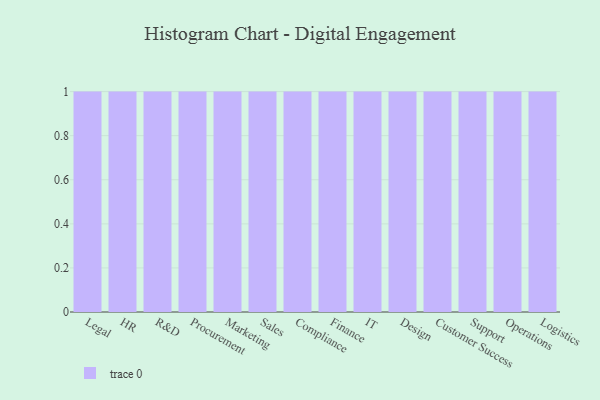
{"axis": {"x": "Department", "y": "Churn Rate (%)"}, "legend": [""], "data": [{"x": "Legal", "y": 46, "type": ""}, {"x": "HR", "y": 37, "type": ""}, {"x": "R&D", "y": 63, "type": ""}, {"x": "Procurement", "y": 46, "type": ""}, {"x": "Marketing", "y": 61, "type": ""}, {"x": "Sales", "y": 58, "type": ""}, {"x": "Compliance", "y": 74, "type": ""}, {"x": "Finance", "y": 13, "type": ""}, {"x": "IT", "y": 20, "type": ""}, {"x": "Design", "y": 90, "type": ""}, {"x": "Customer Success", "y": 50, "type": ""}, {"x": "Support", "y": 25, "type": ""}, {"x": "Operations", "y": 78, "type": ""}, {"x": "Logistics", "y": 73, "type": ""}]}